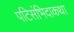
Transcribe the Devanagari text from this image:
पटिसंभिदाकथा